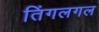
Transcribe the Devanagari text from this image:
तिंगलगल